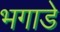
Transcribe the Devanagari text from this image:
भगाडे